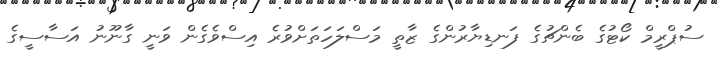
ސުޕްރީމް ކޯޓުގެ ބެންޗުގެ ފަނޑިޔާރުންގެ ޒާތީ މަސްލަހަތަށްވުރެ އިސްވެގެން ވަނީ ގާނޫނު އަސާސީގެ